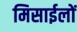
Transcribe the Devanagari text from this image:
मिसाईलों